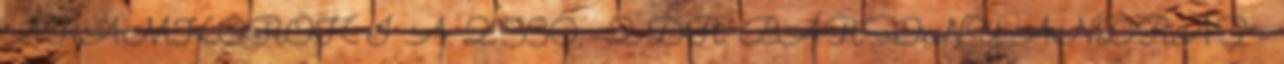
ÁRAMKÖRÖK I A. 2 530,- 2 DR. BÁRSONY ANDRÁS –